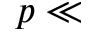
p \ll